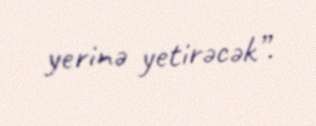
yerinə yetirəcək”.